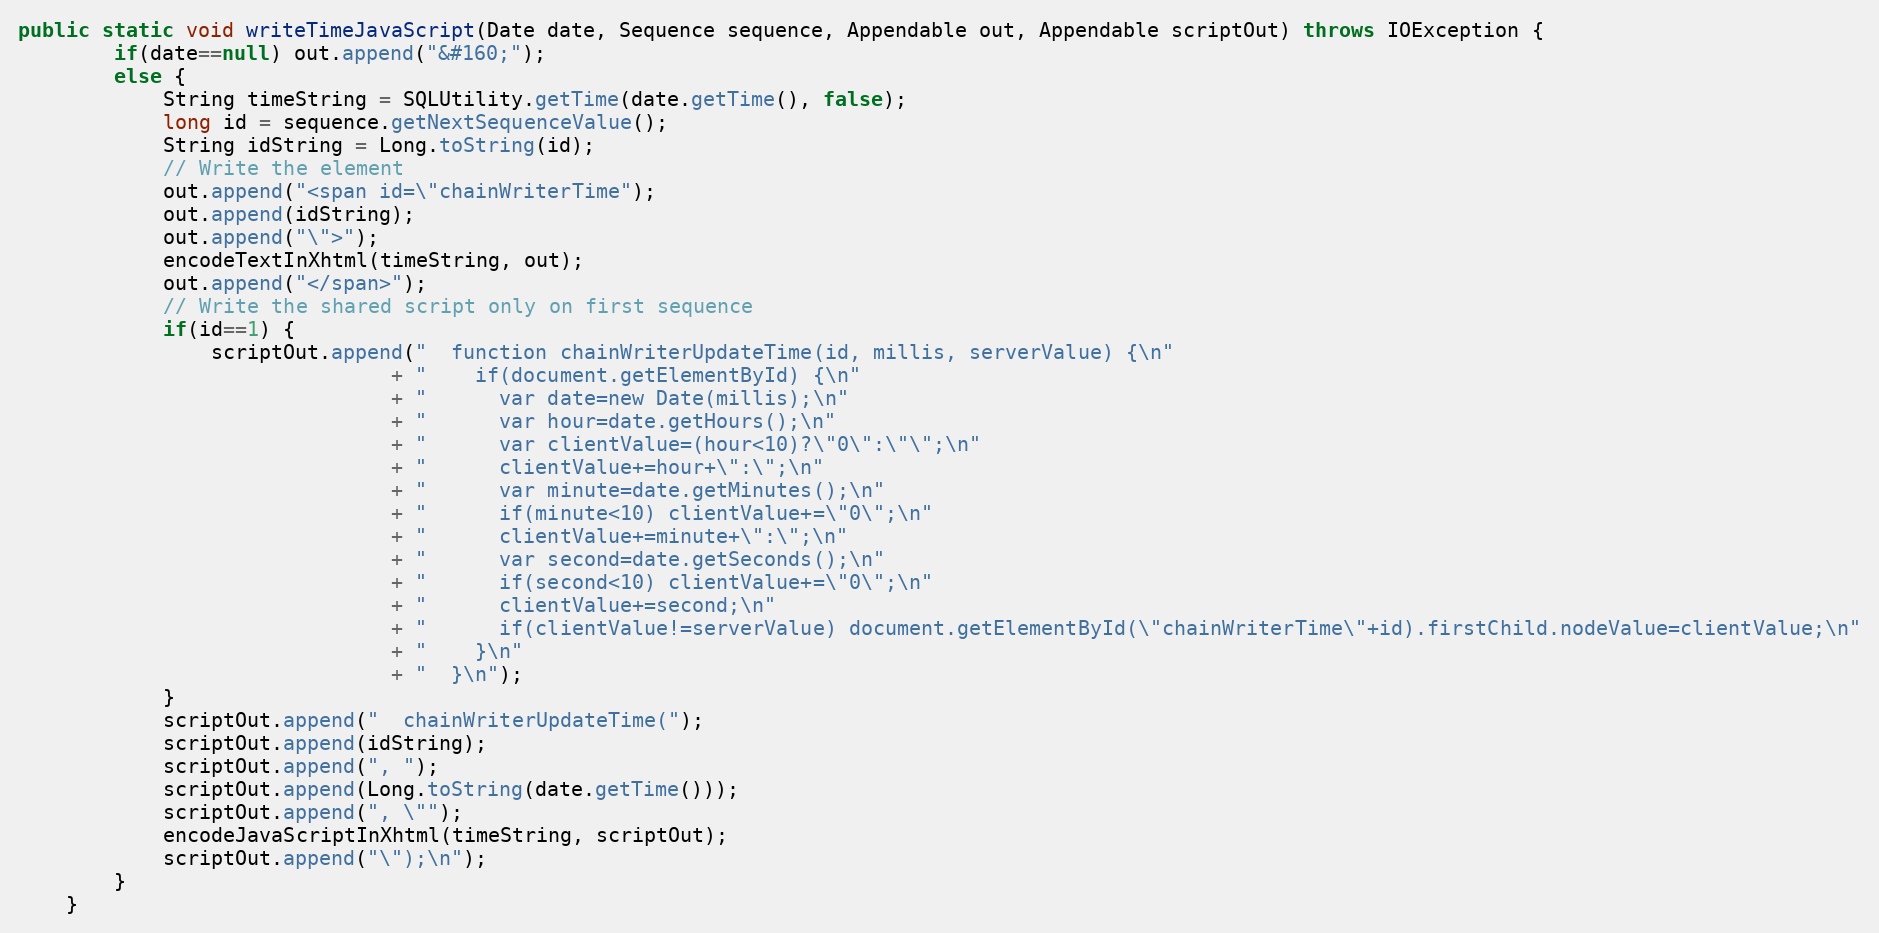
Language: Java
public static void writeTimeJavaScript(Date date, Sequence sequence, Appendable out, Appendable scriptOut) throws IOException {
		if(date==null) out.append("&#160;");
		else {
			String timeString = SQLUtility.getTime(date.getTime(), false);
			long id = sequence.getNextSequenceValue();
			String idString = Long.toString(id);
			// Write the element
			out.append("<span id=\"chainWriterTime");
			out.append(idString);
			out.append("\">");
			encodeTextInXhtml(timeString, out);
			out.append("</span>");
			// Write the shared script only on first sequence
			if(id==1) {
				scriptOut.append("  function chainWriterUpdateTime(id, millis, serverValue) {\n"
							   + "    if(document.getElementById) {\n"
							   + "      var date=new Date(millis);\n"
							   + "      var hour=date.getHours();\n"
							   + "      var clientValue=(hour<10)?\"0\":\"\";\n"
							   + "      clientValue+=hour+\":\";\n"
							   + "      var minute=date.getMinutes();\n"
							   + "      if(minute<10) clientValue+=\"0\";\n"
							   + "      clientValue+=minute+\":\";\n"
							   + "      var second=date.getSeconds();\n"
							   + "      if(second<10) clientValue+=\"0\";\n"
							   + "      clientValue+=second;\n"
							   + "      if(clientValue!=serverValue) document.getElementById(\"chainWriterTime\"+id).firstChild.nodeValue=clientValue;\n"
							   + "    }\n"
							   + "  }\n");
			}
			scriptOut.append("  chainWriterUpdateTime(");
			scriptOut.append(idString);
			scriptOut.append(", ");
			scriptOut.append(Long.toString(date.getTime()));
			scriptOut.append(", \"");
			encodeJavaScriptInXhtml(timeString, scriptOut);
			scriptOut.append("\");\n");
		}
	}